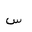
Letter: _sin